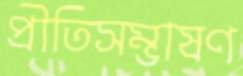
প্রীতিসম্ভাষণ